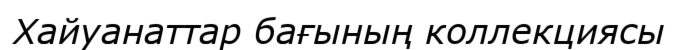
Хайуанаттар бағының коллекциясы